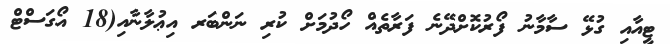
ޓީއާއި ގުޅޭ ސާމާނު ފޯރުކޮށްދޭނެ ފަރާތެއް ހޯދުމަށް ކުރި ނަންބަރ އިޢުލާނާއި(18 އޯގަސްޓް